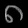
Digit: ၈